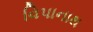
વિપાનાથ